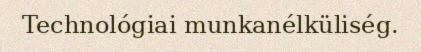
Technológiai munkanélküliség.